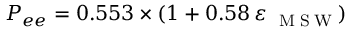
P _ { e e } = 0 . 5 5 3 \times ( 1 + 0 . 5 8 \, \varepsilon _ { \mathrm { ~ \tiny ~ M ~ S ~ W ~ } } )